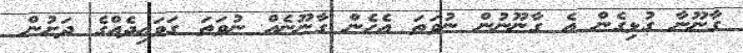
ގާނޫނާ ގުޅިގެން އެ ގާނޫނުން ނުވަތަ އެހެން ގާނޫނެއް ނުވަަތަ ގަވައިދެއްގެ ދަށުން